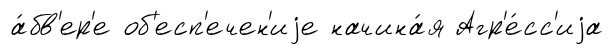
а́бв'ер'е об'есп'ечен'иjе начина́я Агр'е́сс'иjа